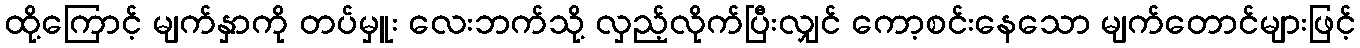
ထို့ကြောင့် မျက်နှာကို တပ်မှူး လေးဘက်သို့ လှည့်လိုက်ပြီးလျှင် ကော့စင်းနေသော မျက်တောင်များဖြင့်